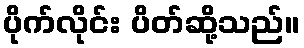
ပိုက်လိုင်း ပိတ်ဆို့သည်။